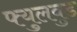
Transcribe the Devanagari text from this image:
फ्युलवुड